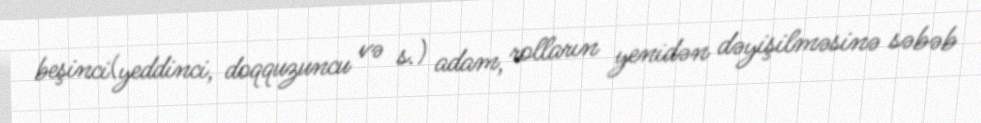
beşinci(yeddinci, doqquzuncu və s.) adam, rolların yenidən dəyişilməsinə səbəb